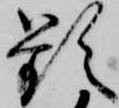
頻